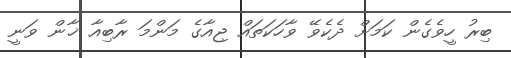
ބިރު ހީވެގެން ކަމަށް ދެކެވޭ ވާހަކަތައް ޖިއާގެ މަންމަ ރާބިއާ ޚާން ވަނީ